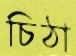
চিঠা